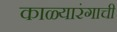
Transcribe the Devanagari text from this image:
काळ्यारंगाची